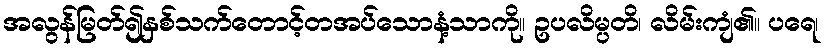
အလွန်မြတ်၍နှစ်သက်တောင့်တအပ်သောနံ့သာကို။ ဥပလိမ္ပတိ၊ လိမ်းကျံ၏။ ပရေ၊